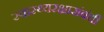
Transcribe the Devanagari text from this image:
स्वास्थ्यरक्षासंबंधी